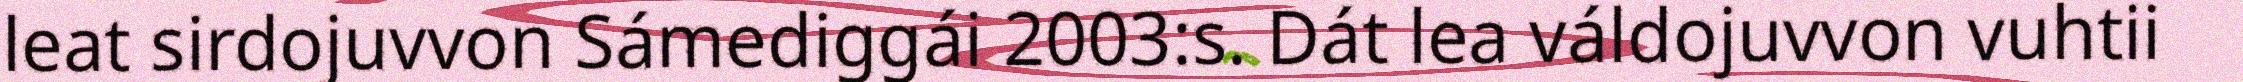
leat sirdojuvvon Sámediggái 2003:s. Dát lea váldojuvvon vuhtii